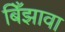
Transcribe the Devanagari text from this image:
बिँझावा